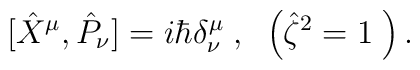
\ [\hat{X}^{\mu },\hat{P}_{\nu }]=i\hbar \delta _{\nu }^{\mu }\;,\;\;\left( \hat{\zeta}^{2}=1\;\right) .